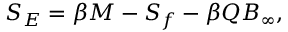
S _ { E } = \beta M - S _ { f } - \beta Q B _ { \infty } ,